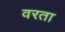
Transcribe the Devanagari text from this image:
वरता